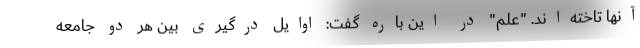
آنها تاخته‌اند. "علم" در این باره گفت: اوایل درگیری بین هر دو جامعه